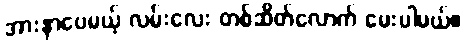
အားနာပေမယ့် လမ်းလေး တစ်ဆိတ်လောက် မေးပါမယ်။